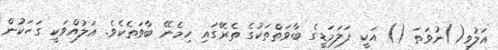
އަލުވި()ނުވަތަ () އަކީ ފަލަމަޑީގެ ބާވަތްތަކުގެ ތެރޭގައި ހިމެނޭ ބާވަތެކެވެ. އަލުއްވަކީ ގަހަކުން